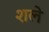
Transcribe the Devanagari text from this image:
शले